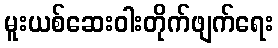
မူးယစ်ဆေးဝါးတိုက်ဖျက်ရေး